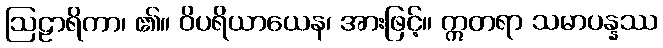
ဩဠာရိကာ၊ ၏။ ဝိပရိယာယေန၊ အားဖြင့်။ ဣတရာ သမာပန္နဿ